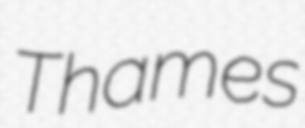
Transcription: Thames